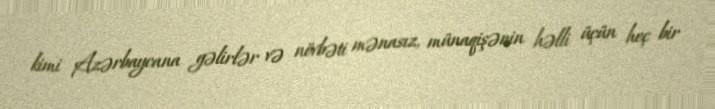
kimi Azərbaycana gəlirlər və növbəti mənasız, münaqişənin həlli üçün heç bir